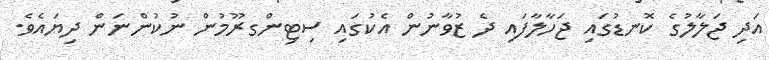
އަދި ޖަލާލުގެ ކޮނޑުގައި ޖަހާލާފައި ދެ ޒުވާނުން އެކުގައި ސިޓިންގރޫމުން ނުކުންނަން ދިޔައެވެ.